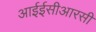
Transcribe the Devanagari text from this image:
आईईसीआरसी